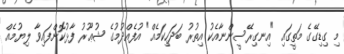
މި ގިޑިގޭގެ މަތީގައި "އިނގިރޭސީންނާއެކު އިތުރު ބަދަހިކަމެއް" އުފެއްދުމުގެ ޝުޢޫރު ފާޅުކޮށްފައިވާ ލިޔުމެއް